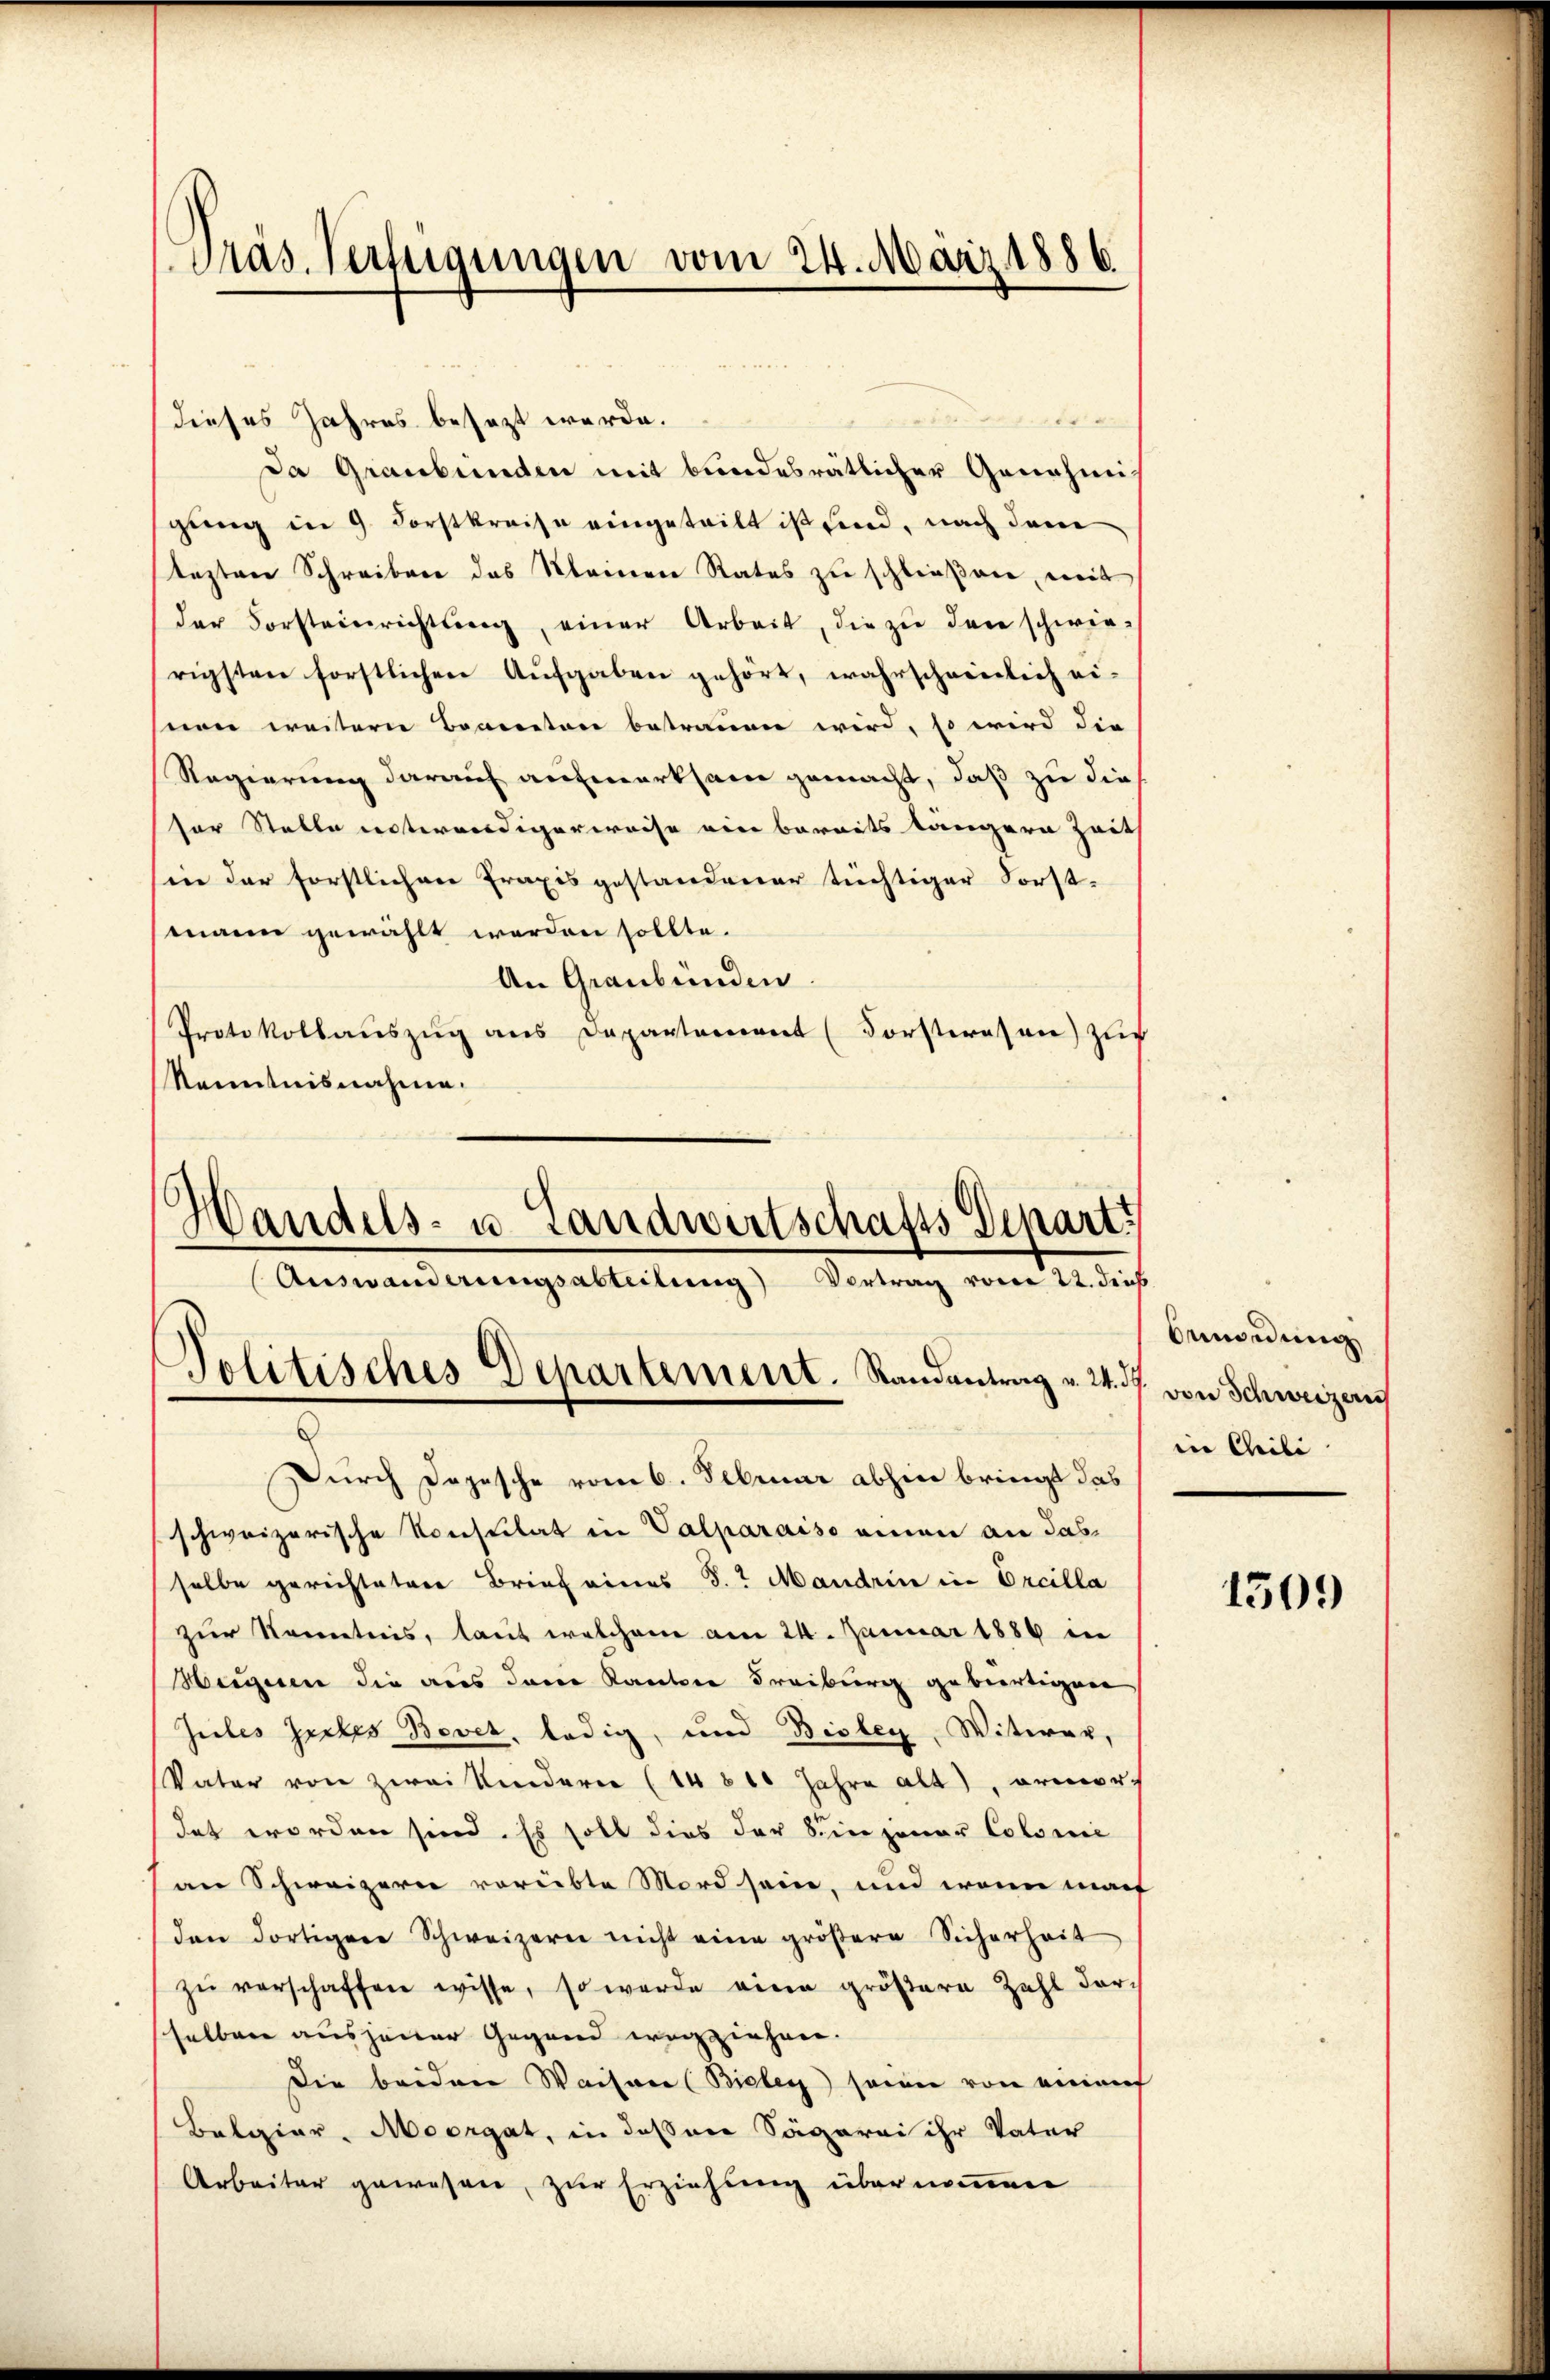
Präs. Verfügungen vom 24. März 1886.

an
1
dieses Jahres besezt werde.
Da Graubünden mit bundesrätlicher Genehmis
gung in 9 Forstkreise eingeteilt ist sind, nach dem
lezten Schreiben das Kleinen Rates zu schließene, mit
der Vorsteinrichtŭng einer Arbeit, die zŭ den schwierigsten forstlichen Aufgaben gehört, wahrscheinlich ei-
nen weitern Beanten betrauen wird, so wird die
Regierung darauf aufmerksam gemacht, daß zu die
sor Stelle unterendigerweise eine bereits längern Zeit
en der forstlichen Praxis gestandener tüchtiger Forst-
mann gewählt werden sollte.
An Graubünden.
Protokollaŭszŭg ans Departement (Forsteresen) zug
Kenntnisnahme.

d
Auswanderungsabteilung Vortrag vom 22. dies
Jolitisches Departement. Randantrag v. 24. 37.

Bandes- u. Landwirtschafts Depart

Durch Dojesche vom 6. Februar abhin bringt das
schweizerische Konsulat in Valparaiso einen an dasselbe gerichteten Brief eines 8. Mandrin in Orcilla
zur Kenntnis, laut welchem am 24. Januar 1889 in
Heigeren die aus dem Kantone Freiburg gebiertigen
Jules Zuckes Bovet, ledig, und Bisbey, Witwer,
Vater von zwei Kindern (14810 Jahre alt), ormer-
det worden sind. Es soll dies der Sein jener Colome
an Schweizern verübte Mord sein, und wenn mach
den dortigere Schweizern nicht eine gröβere Sicherheit
zŭ verschaffen wisse, so werde eine größere Zahl dar-
selben auszener Gegend wegziehen.
Die beiden Waisen (Bielen seiner von einem
Belgiar. Moorgat, in dessen Sägerei ihr Vater
Arbeiter gewesen, zur Erziehung übernommen

Onmordung
von Schweizern
in Chili

1509